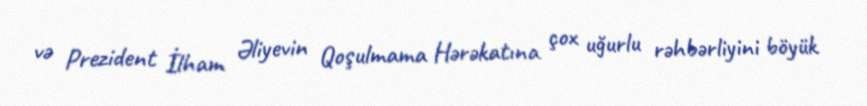
və Prezident İlham Əliyevin Qoşulmama Hərəkatına çox uğurlu rəhbərliyini böyük